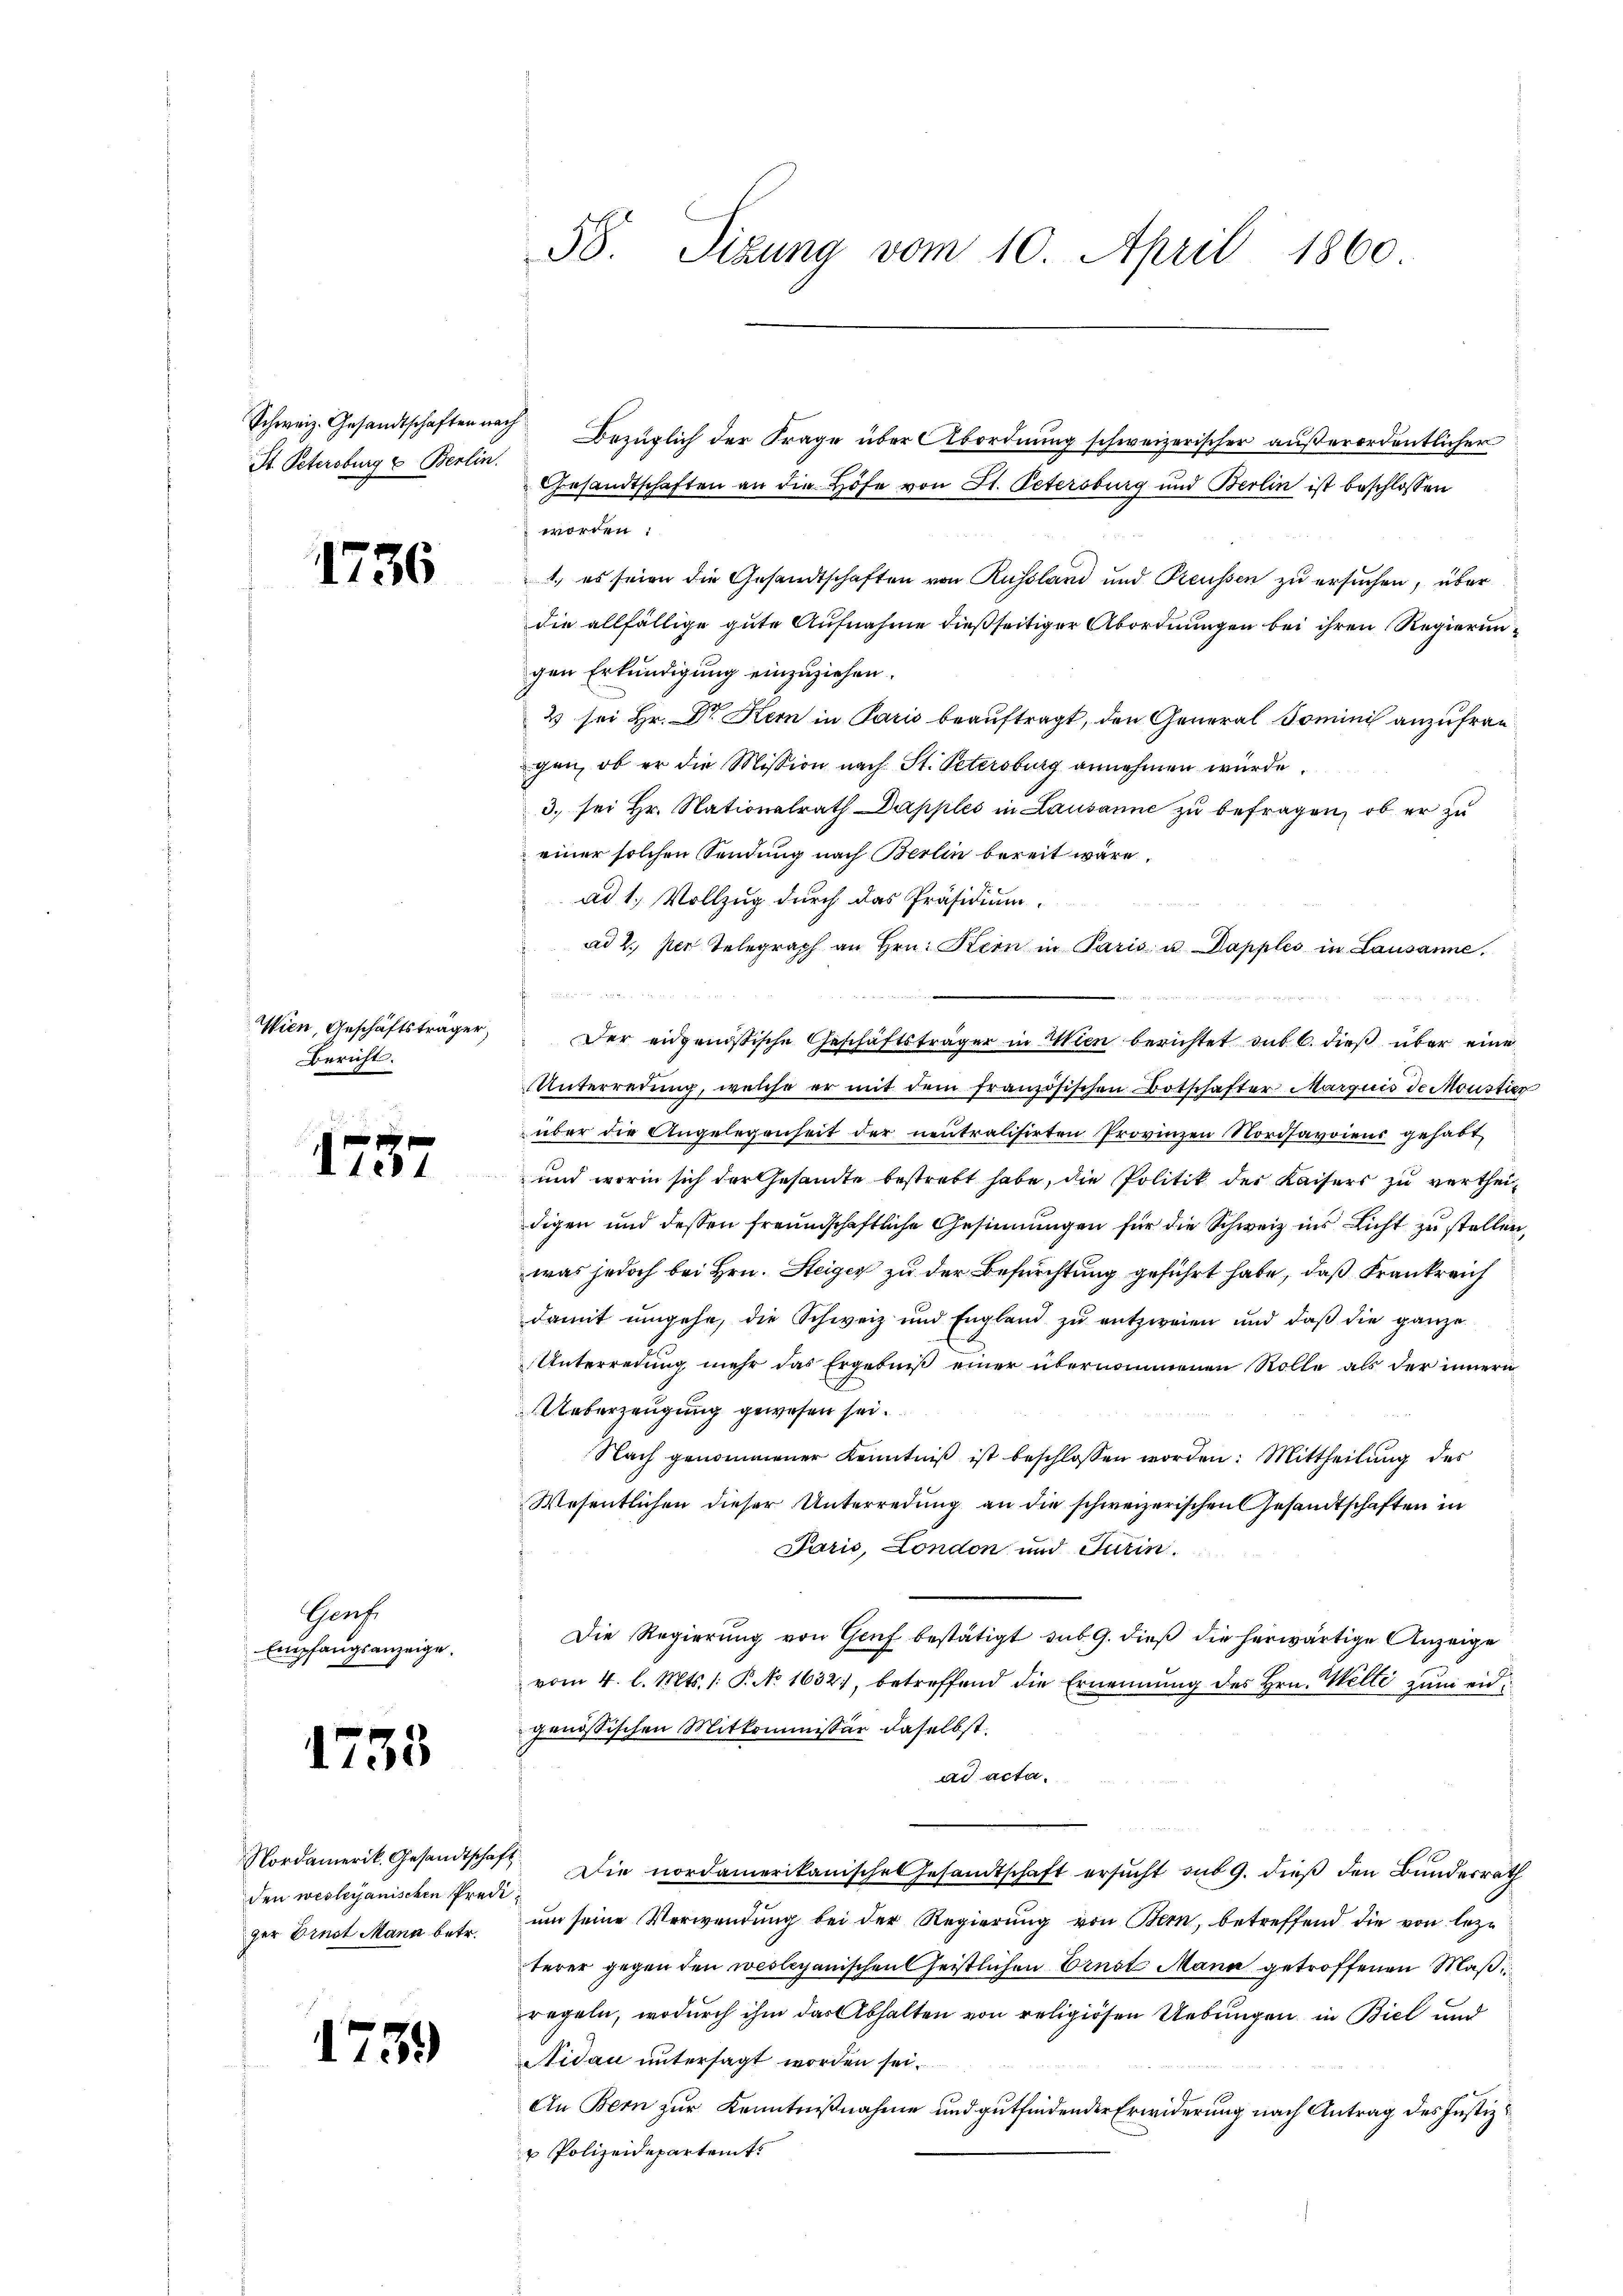
St. Petersburg u Berlin.

1736

Wien, Geschäftsträger,
Bericht.

1757

Haufe
Empfangsanzeige.

1733

den wesleianischen Prediger Ernst Mann betr.

1759)

Gesandtschaften an die Höfe von St. Petersburg und Berlin ist beschlossen
worden:
1. es seien die Gesandtschaften von Russland und Preussen zu ersuchen, über
die allfällige gute Aufnahme dießseitiger Abordnungen bei ihren Regierungen Erkundigung einzuziehen.
2 sei Hr. Dr Kern in Paris beauftragt, den General Dominis anzufrag
gen, ob er die Mission nach St. Petersburg annehmen würde.
3. sei Hr. Nationalrath Dapples in Lausanne zu befragen, ob er zu
einer solchen Sendung nach Berlin bereit wäre.
ad 1. Vollzug durch das Präsidium.
ad 2. per Telegraph an Hrn. Kern in Paris u Dapples in Lausanne,
 2 x
Der eidgenössische Geschäftsträger in Wien berichtet sub 6. dieß über eine
Unterredung, welche er mit dem französischen Botschafter Marguis de Moustier
über die Angelegenheit der neutralisirten Provinzen Nordsavoiens gehabt
und worin sich der Gesandte bestrebt habe, die Politik der Kaisers zu vertheidigen und dessen freundschaftliche Gesinnungen für die Schweiz ins Licht zu stellen,
was jedoch bei Hrn. Steiger zu der Befürchtung geführt habe, daß Frankreich
damit umgehe, die Schweiz und England zu entzweien und daß die ganze
Unterredung mehr das Ergebniß einer übernommenen Rolle als der innern
Ueberzeugung gewesen sei.
Nach genommener Kenntniß ist beschlossen worden: Mittheilung des
Wesentlichen dieser Unterredung an die schweizerischen Gesandtschaften in
Jaris, London und Jurin.
Die Regierung von Genf bestätigt sub 9. dieß die herwärtige Anzeige
vom 4. l. Mts. 1. P. No. 1632., betreffend die Ernennung des Hrn. Welle zŭm eidgenössischen Mitkommissär daselbst.
ad acta.
Nordamerik. Gesandtschaft. Die nordamerikanische Gesandtschaft ersŭcht sub 9. dieβ den Bŭndesrath
um seine Verwendung bei der Regierung von Bern, betreffend die von lezterer gegen den westepanischen Geistlichen Ernst Mann getroffenen Maß
regeln, wodurch ihm das Abhalten von religiösen Uebungen in Biel und
Nidau untersagt worden sei.
An Bern zur Kenntnißnahme und gutfindender Erwiderung nach Antrag des Justiz-
 Polizeidepartemt

58. Sizung vom 10. April 1860

Schweiz. Gesandtschaften nach Bezüglich der Frage über Abordnung schweizerischer außerordentlicher